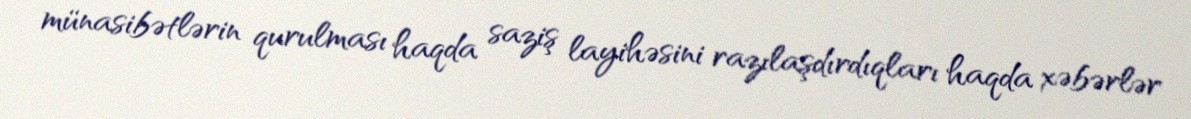
münasibətlərin qurulması haqda saziş layihəsini razılaşdırdıqları haqda xəbərlər